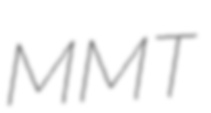
MMT